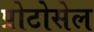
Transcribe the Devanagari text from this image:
प्रोटोसेल